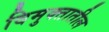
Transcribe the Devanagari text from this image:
विमुक्तातील